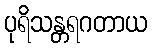
ပုရိသန္တရဂတာယ